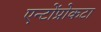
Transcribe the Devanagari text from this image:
एन्टोंप्रोकटा